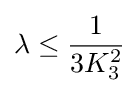
\lambda \leq {\frac {1}{3K_{3}^{2}}}